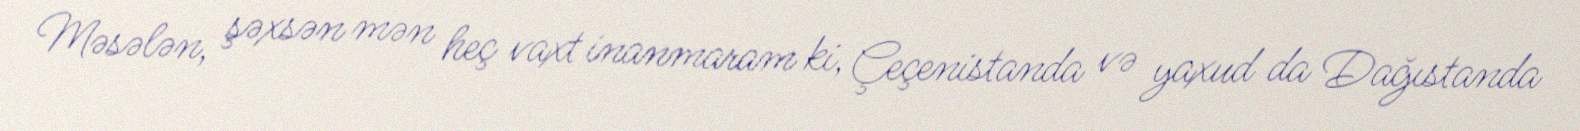
Məsələn, şəxsən mən heç vaxt inanmaram ki, Çeçenistanda və yaxud da Dağıstanda